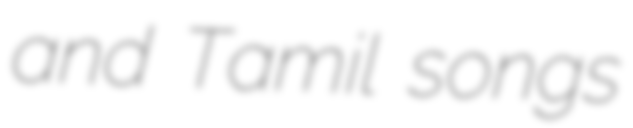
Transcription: and Tamil songs